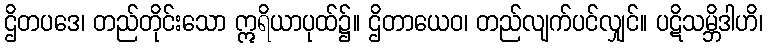
ဌိတပဒေ၊ တည်တိုင်းသော ဣရိယာပုထ်၌။ ဌိတာယေဝ၊ တည်လျက်ပင်လျှင်။ ပဋိသမ္ဘိဒါဟိ၊